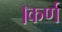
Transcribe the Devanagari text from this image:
।कर्ण